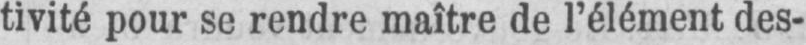
tivité pour se rendre maître de l’élément des-